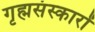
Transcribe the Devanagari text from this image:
गृह्मसंस्कारों